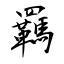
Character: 羈